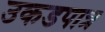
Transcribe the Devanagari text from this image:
उकडपात्र